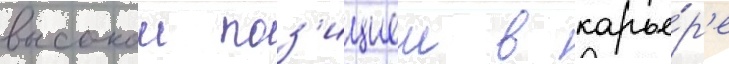
высокои поз'ициеи в карье́р'е